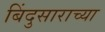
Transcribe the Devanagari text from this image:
बिंदुसाराच्या